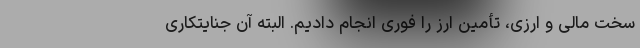
سخت مالی و ارزی، تأمین ارز را فوری انجام دادیم. البته آن جنایتکاری